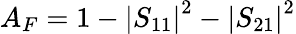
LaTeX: A_{F}=1-\left|S_{11}\right|^{2}-\left|S_{21}\right|^{2}